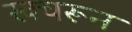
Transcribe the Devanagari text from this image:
खचरून